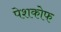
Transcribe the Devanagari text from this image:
पेशकोफ